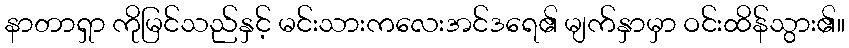
နာတာရှာ ကိုမြင်သည်နှင့် မင်းသားကလေးအင်ဒရေ၏ မျက်နှာမှာ ဝင်းထိန်သွား၏။